Annual administration report of the Civil Veterinary Department of India - 1898-1899
Year: 1898
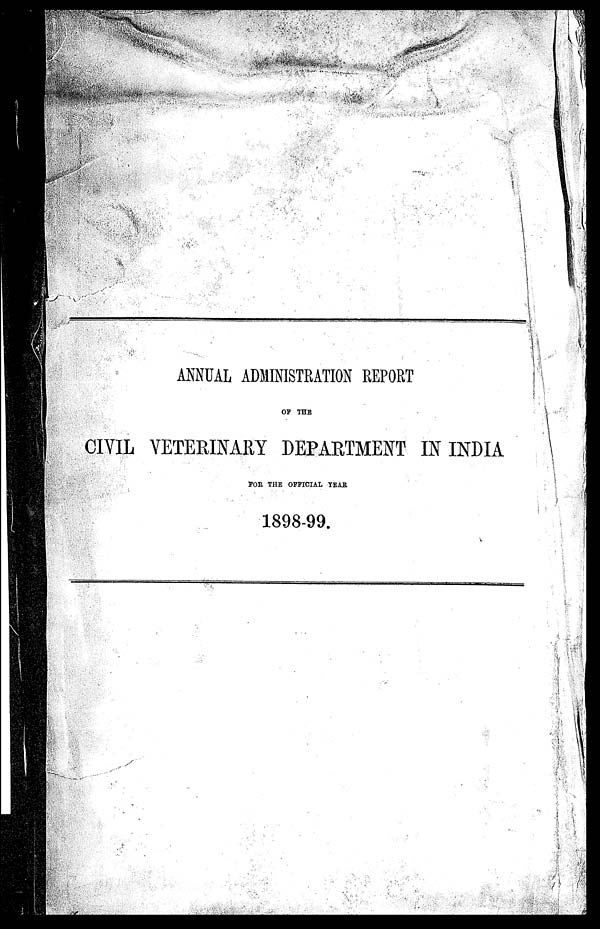
ANNUAL ADMINISTRATION REPORT
OF THE
CIVIL VETERINARY DEPARTMENT IN INDIA
FOR THE OFFICIAL YEAR.
1898-99.